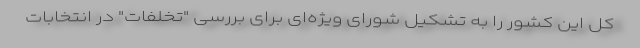
کل این کشور را به تشکیل شورای ویژه‌ای برای بررسی "تخلفات" در انتخابات